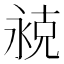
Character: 𬇾